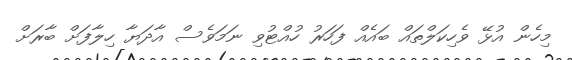
މިހެން އުޅޭ ވެހިކަލްތައް ބައެއް ފަހަރު ހުއްޓުވި ނަމަވެސް އާދަޔާ ހިލާފަށް ބާރަށް